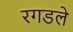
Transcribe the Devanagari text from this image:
रगडले